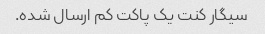
سیگار کنت یک پاکت کم ارسال شده.